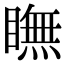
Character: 瞴